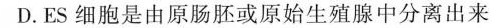
D.ES细胞是由原肠胚或原始生殖腺中分离出来